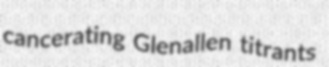
cancerating Glenallen titrants